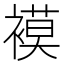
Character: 𮖪